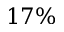
1 7 \%